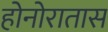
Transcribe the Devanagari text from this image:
होनोरातास